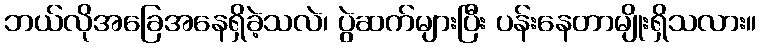
ဘယ်လိုအခြေအနေရှိခဲ့သလဲ၊ ပွဲဆက်များပြီး ပန်းနေတာမျိုးရှိသလား။